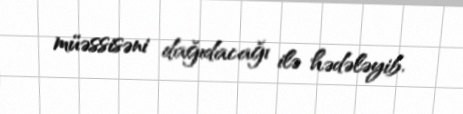
müəssisəni dağıdacağı ilə hədələyib.